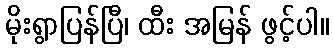
မိုးရွာပြန်ပြီ၊ ထီး အမြန် ဖွင့်ပါ။